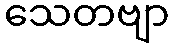
သေတဗျာ